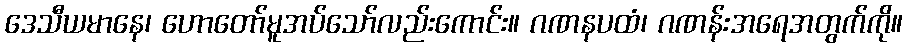
ဒေသီယမာနေ၊ ဟောတော်မူအပ်သော်လည်းကောင်း။ ဂဏနပထံ၊ ဂဏန်းအရေအတွက်ကို။